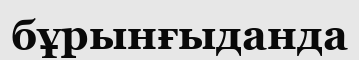
бұрынғыданда